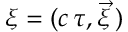
\xi = ( c \, \tau , \vec { \xi } \, )